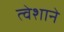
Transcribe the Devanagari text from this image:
त्वेशाने